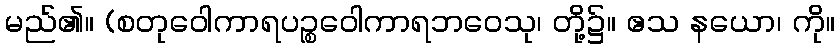
မည်၏။ (စတုဝေါကာရပဉ္စဝေါကာရဘဝေသု၊ တို့၌။ ဧသ နယော၊ ကို။